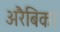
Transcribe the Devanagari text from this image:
अरैबिका